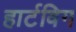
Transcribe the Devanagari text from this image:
हार्टविग